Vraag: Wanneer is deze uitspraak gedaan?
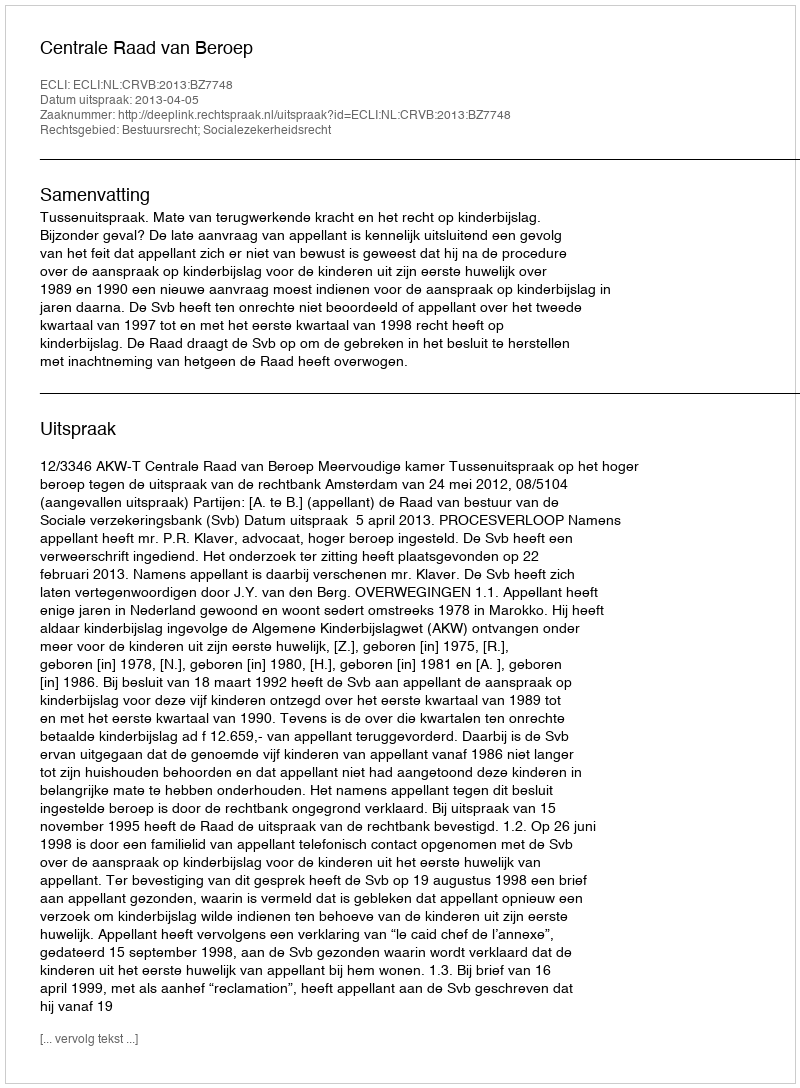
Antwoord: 2013-04-05